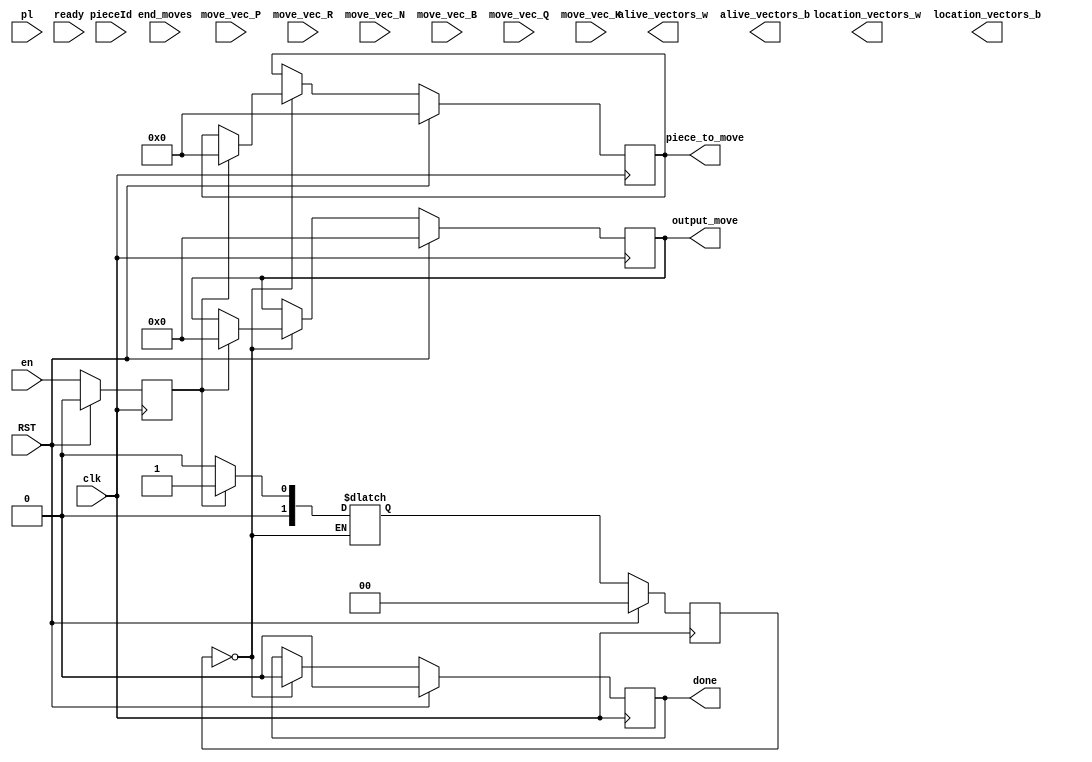
`timescale 1ns / 1ps

module AI_Engine( clk, pl, en, RST, location_vectors_w, location_vectors_b, alive_vectors_w, alive_vectors_b, piece_to_move, output_move, done, move_vec_P, move_vec_R, move_vec_N, move_vec_B, move_vec_Q, move_vec_K, pieceId, ready, end_moves);
	input clk;
	input en;
	input RST;
	input pl;
	input [1:0]  move_vec_P; //Format: (U(00)/U2(01)/UL(10)/UR(11)(2-bit));
	input [4:0]   move_vec_R; //Format: (L(00)/R(01)/U(10)/D(11)(2-bit):Squares(3-bit)).
	input [2:0]	  move_vec_N; //Format: (LD(000)/LU(001)/UL(010)/UR(011)/RU(100)/RD(101)/DL(110)/DR(111)(3-bit)).
	input [2:0]   move_vec_B; //Format: (UL(00)/UR(01)/DL(10)/DR(11)(2-bit):Squares(3-bit)).
	input [5:0]   move_vec_Q; //Format: (L(000)/R(001)/U(010)/D(011)/UL(100)/UR(101)/DL(110)/DR(111)(3-bit):Squares(3-bit)).
	input [2:0]   move_vec_K; //Format: (L(000)/R(001)/U(010)/D(011)/UL(100)/UR(101)/DL(110)/DR(111)(3-bit)).
	input [3:0]	  pieceId;
	input ready;
	input end_moves;

	output [95:0] location_vectors_b;
	output [95:0] location_vectors_w;
	output [15:0] alive_vectors_w;
	output [15:0] alive_vectors_b;
	output [5:0] output_move;
	output [3:0] piece_to_move;
	output done;
	
	// parameters that will be written as constants in code
	parameter BLACK = 1'b0;
	parameter WHITE = 1'b1;
	parameter P1 = 4'b1111;
	parameter P2 = 4'b1110;
	parameter P3 = 4'b1101;
	parameter P4 = 4'b1100;
	parameter P5 = 4'b1011;
	parameter P6 = 4'b1010;
	parameter P7 = 4'b1001;
	parameter P8 = 4'b1000;
	parameter R1 = 4'b0111;
	parameter R2 = 4'b0110;
	parameter N1 = 4'b0101;
	parameter N2 = 4'b0100;
	parameter B1 = 4'b0011;
	parameter B2 = 4'b0010;
	parameter Q1 = 4'b0001;
	parameter K1 = 4'b0000;
	parameter MAX_DEPTH 			= 5;
	parameter HEUR_WIDTH       = 10;
	//states in the fsm
	parameter RESET   			= 4'b0000;
	parameter EXPLORE 			= 4'b0001;
	// end states
	
	reg [5:0] best_move_d;
	reg [5:0] best_move_q;
	reg [5:0] last_move_d;
	reg [5:0] last_move_q;
	reg [1:0] state_d;
	reg [1:0] state_q;
	reg [3:0] piece_to_move_q;
	reg [3:0] piece_to_move_d;
	reg done_q;
	reg done_d;
	reg en_q;
	reg pl_q;
	reg pl_d;
	
	assign output_move = best_move_q;
	assign done = done_q;
	assign piece_to_move = piece_to_move_q;
	
	wire [HEUR_WIDTH:0] alpha_w;
	reg signed [HEUR_WIDTH:0] alpha_d;
	reg signed [HEUR_WIDTH:0] alpha_q;

	wire [HEUR_WIDTH:0] beta_w;
	reg signed [HEUR_WIDTH:0] beta_d;
	reg signed [HEUR_WIDTH:0] beta_q;

	wire [HEUR_WIDTH:0] best_value_w;
	reg signed [HEUR_WIDTH:0] best_value_d;
	reg signed [HEUR_WIDTH:0] best_value_q;

	reg signed [HEUR_WIDTH:0] max_p_d;
	reg signed [HEUR_WIDTH:0] max_p_q;
	
	
	always @( * ) begin
		done_d = done_q;	
		best_move_d = best_move_q;
		max_p_d = max_p_q;	
		best_value_d = best_value_q;
		alpha_d = alpha_w;
		beta_d = beta_w;
		last_move_d = last_move_q;
		piece_to_move_d = piece_to_move_q;
	
		case ( state_q )
			RESET: begin
						if ( en_q ) begin
							state_d = EXPLORE;
							best_move_d = 0;
							piece_to_move_d = 0;
							last_move_d = 0;
							pl_d     = pl_q;
							alpha_d = 11'b10000000001; //very low neg
							beta_d = 11'b01111111111; //very high pos
							
						end
						else begin
							state_d = RESET;
						end
						done_d = 1'b0;				
					end
			EXPLORE: begin
					end
		endcase
	end
	
	// all flip flops
	always @(posedge clk) begin
		if ( RST ) begin
			state_q <= RESET;
			done_q  <= 0;
			last_move_q     <= 0;
			best_move_q     <= 0;
			piece_to_move_q <= 0;
			best_value_q <= 0;
			alpha_q <= 0;
			beta_q <= 0;
			pl_q <= BLACK;
			max_p_q <= 0;
			en_q <= 0;
		end
		else begin
			en_q <= en;
			piece_to_move_q <= piece_to_move_d;
			state_q <= state_d;
			best_move_q <= best_move_d;
			last_move_q <= last_move_d;
			done_q <= done_d;
			best_value_q <= best_value_d;
			alpha_q <= alpha_d;
			beta_q <= beta_d;
			max_p_q <= max_p_d;
			pl_q <= pl_d;
		end
	end
endmodule